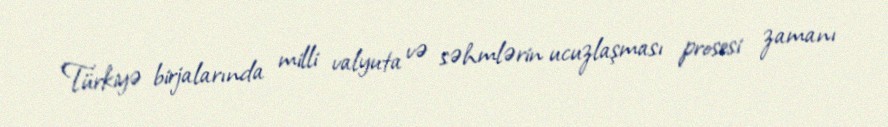
Türkiyə birjalarında milli valyuta və səhmlərin ucuzlaşması prosesi zamanı